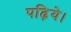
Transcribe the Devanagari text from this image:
पढ़िये।